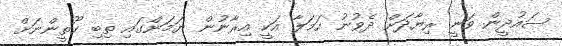
ސައުދީން ވަނީ ރިޔާދަށް ދެވުނު ހަމަލާ އަކީ އިރާނުން ޔަމަންގައި ތިބި ހޫތީންނަށް